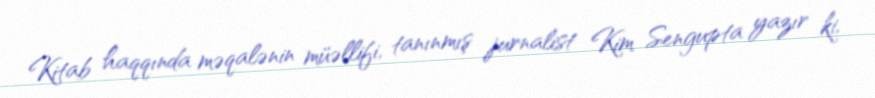
Kitab haqqında məqalənin müəllifi, tanınmış jurnalist Kim Sengupta yazır ki,